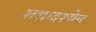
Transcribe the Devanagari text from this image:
शशादश्येन